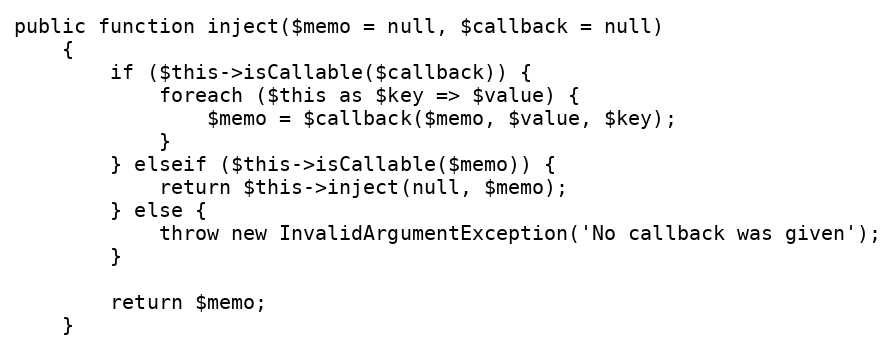
Language: PHP
public function inject($memo = null, $callback = null)
    {
        if ($this->isCallable($callback)) {
            foreach ($this as $key => $value) {
                $memo = $callback($memo, $value, $key);
            }
        } elseif ($this->isCallable($memo)) {
            return $this->inject(null, $memo);
        } else {
            throw new InvalidArgumentException('No callback was given');
        }

        return $memo;
    }